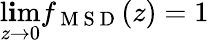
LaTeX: \operatorname*{l\mathbf{i}m}_{z\to0}f_{\mathrm{{~M~S~D~}}}(z)=1